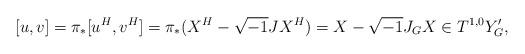
LaTeX: \begin{align*}[u, v] = \pi_*[u^H, v^H] = \pi_*(X^H -\sqrt{-1}JX^H) = X - \sqrt{-1}J_GX \in T^{1,0}Y'_G,\end{align*}